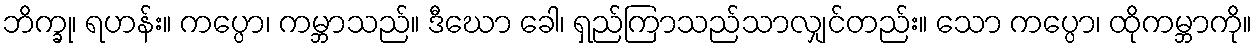
ဘိက္ခု၊ ရဟန်း။ ကပ္ပော၊ ကမ္ဘာသည်။ ဒီဃော ခေါ၊ ရှည်ကြာသည်သာလျှင်တည်း။ သော ကပ္ပော၊ ထိုကမ္ဘာကို။